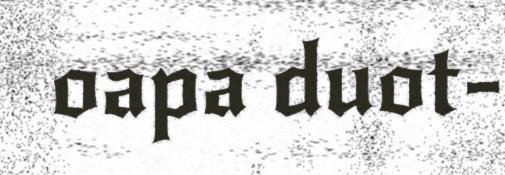
oapa duot-